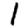
Digit: 1